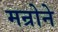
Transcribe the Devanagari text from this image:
मन्रोने